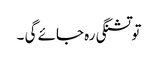
تو تشنگی رہ جائے گی ۔